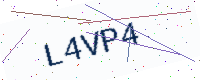
Text: L4VP4